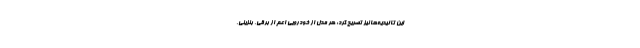
این تائیدیه‌ها نیز تصریح کرد:‌ هر مدل از خودرویی اعم از برقی، بنزینی،